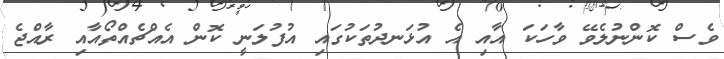
ވެސް ކޮންނުލެވޭ ވާހަކަ އާއި އެ އުޅަނދުތަކުގައި އުފުލަނީ ކޮން އެއްޗެއްތޯއާއި ރާއްޖެ